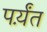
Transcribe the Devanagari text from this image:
पर्य़ंत